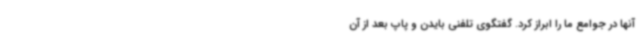
آنها در جوامع ما را ابراز کرد. گفتگوی تلفنی بایدن و پاپ بعد از آن